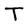
Character: T